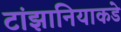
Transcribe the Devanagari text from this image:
टांझानियाकडे